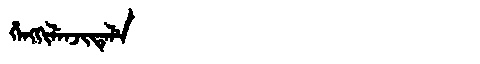
Manchu: ᡥᡝᠩᡴᡳᠯᡝᠨᠵᡳᡨᡝᠯᡝ
Romanization: HENGKILENJITELE